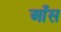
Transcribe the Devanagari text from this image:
आँस